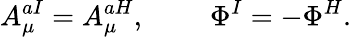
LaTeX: A_{\mu}^{aI}=A_{\mu}^{aH},\ \ \ \ \ \ \ \ \ \Phi^{I}=-\Phi^{H}.